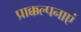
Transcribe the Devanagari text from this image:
प्राक्कल्पनाएं